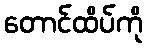
တောင်ထိပ်ကို